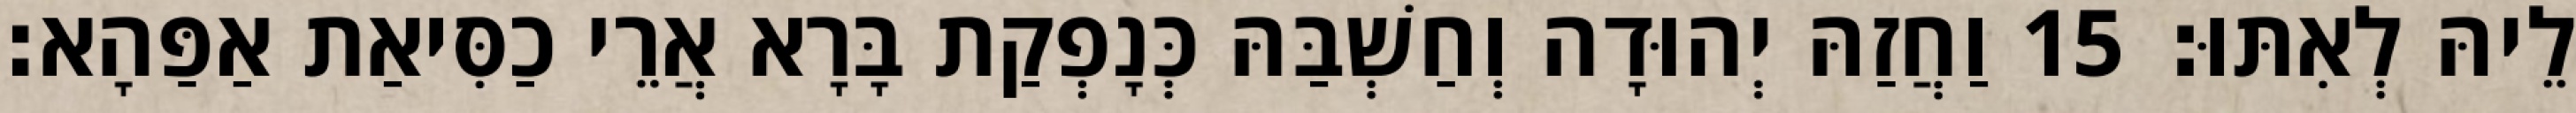
לֵיהּ לְאִתּוּ׃ 15 וַחֲזַהּ יְהוּדָה וְחַשְׁבַּהּ כְּנָפְקַת בָּרָא אֲרֵי כַסִּיאַת אַפַּהָא׃